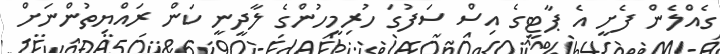
ގެއްލެން ފެށީ އެ ޕާޓީގެ އިސް ސަފުގަ ހުރިމީހުންގެ ލާދީނީ ކަން ރައްޔިތުންނަށް